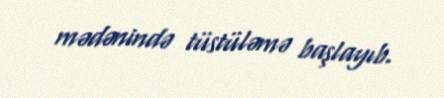
mədənində tüstüləmə başlayıb.